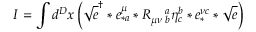
I = \int d ^ { D } x \left( \sqrt { e } ^ { \dagger } \ast e _ { \ast a } ^ { \mu } \ast R _ { \mu \nu \, \, b } ^ { \quad a } \eta _ { c } ^ { b } \ast e _ { \ast } ^ { \nu c } \ast \sqrt { e } \right)